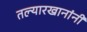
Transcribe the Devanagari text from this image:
तल्यारखानांनी